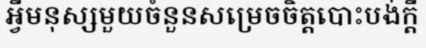
អ្វីមនុស្សមួយចំនួនសម្រេចចិត្តបោះបង់ក្តី